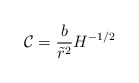
\begin{align*}\mathcal{C} = \frac{b}{\tilde{r}^2} H^{-1/2}\end{align*}